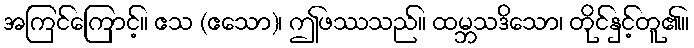
အကြင်ကြောင့်။ ဧသ (ဧသော)၊ ဤဖဿသည်။ ထမ္ဘသဒိသော၊ တိုင်နှင့်တူ၏။